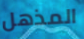
المذهل